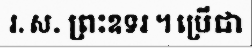
រ. ស. ព្រះឧទរ ។ ប្រើជា